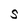
Character: S